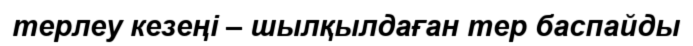
терлеу кезеңі – шылқылдаған тер баспайды